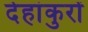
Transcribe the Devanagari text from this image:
देहांकुरों